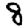
Digit: 8